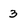
Character: 3